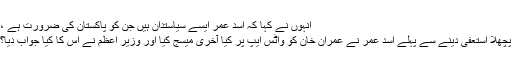
انہوں نے کہا کہ اسد عمر ایسے سیاستدان ہیں جن کو پاکستان کی ضرورت ہے ،
پچھلا استعفیٰ دینے سے پہلے اسد عمر نے عمران خان کو واٹس ایپ پر کیا آخری میسج کیا اور وزیر اعظم نے اس کا کیا جواب دیا؟